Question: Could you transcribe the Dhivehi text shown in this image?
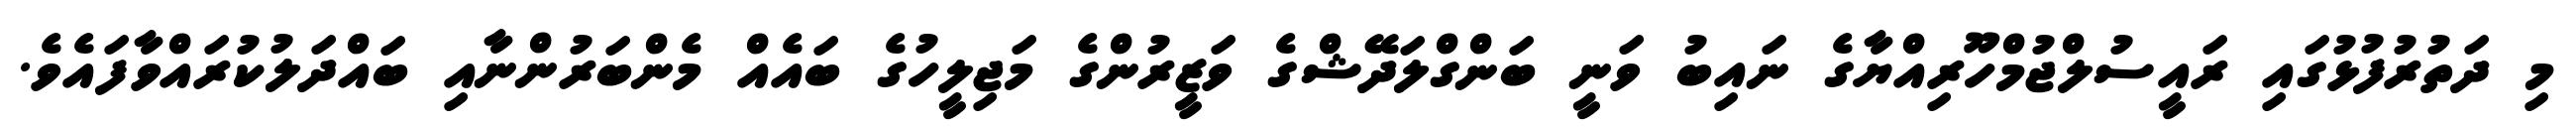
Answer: މި ދަތުރުފުޅުގައި ރައީސުލްޖުމްހޫރިއްޔާގެ ނައިބު ވަނީ ބަންގްލަދޭޝްގެ ވަޒީރުންގެ މަޖިލީހުގެ ބައެއް މެންބަރުންނާއި ބައްދަލުކުރައްވާފައެވެ.